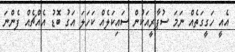
އެއީ ހަގީގަތެއް ނަމަ ސުޕާރީއަކުން ސައިކަލެއް ކަހަލަ އަގު ބޮޑު އެއްޗެއް ފެންނަ